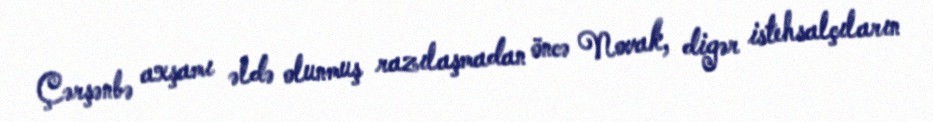
Çərşənbə axşamı əldə olunmuş razılaşmadan öncə Novak, digər istehsalçıların